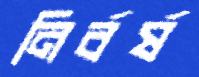
নির্বর্ষ